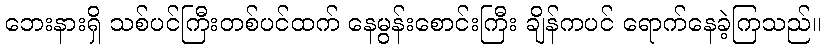
ဘေးနားရှိ သစ်ပင်ကြီးတစ်ပင်ထက် နေမွန်းစောင်းကြီး ချိန်ကပင် ရောက်နေခဲ့ကြသည်။